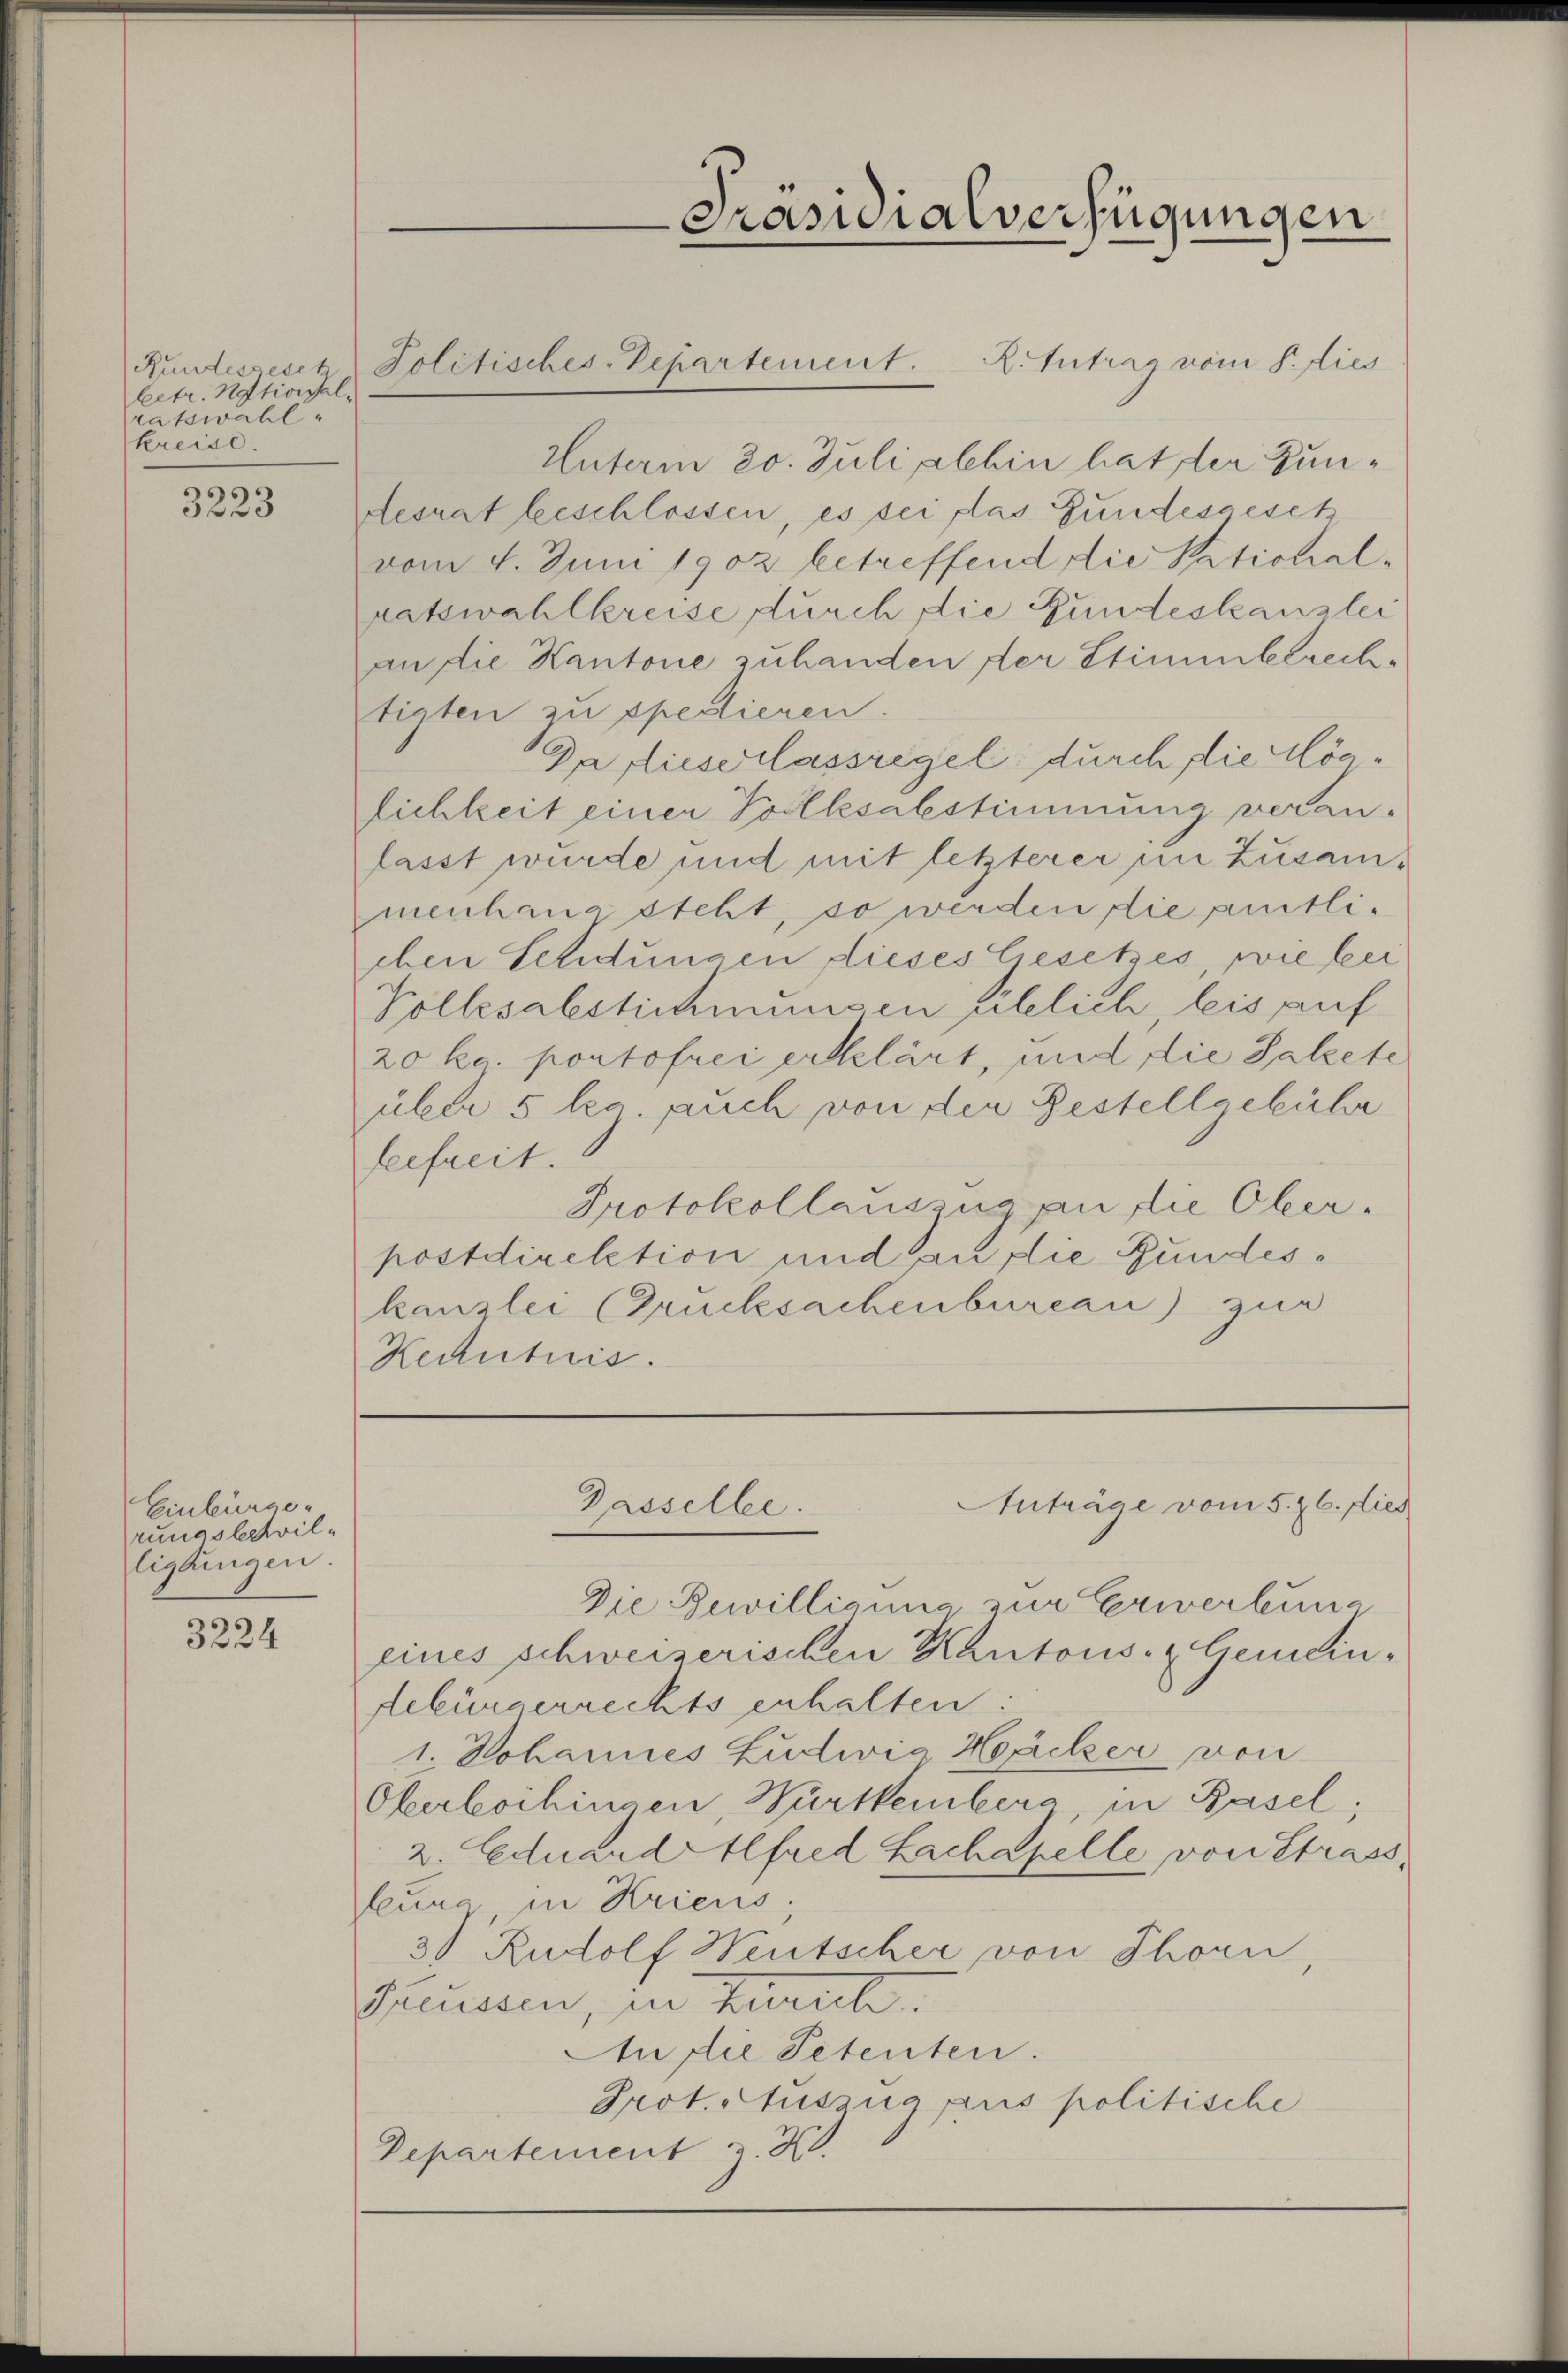
betr. National-
ratswahl
kreise.

3223

Einbürger
rungslehvilligungen.

3224

Kundesgesch Politisches-Departement. B. Antrag vom Pfies

Unterm 20. Juli alhin hat der Zundesrat beschlossen, es sei das Gundesgesetz
vom 4. Juni 1902 betreffend die Stationalratswahlkreise durch die Gundeskanzlei
an die Kantone zuhanden der Stimmberech-
tigten zu spedieren.
Da flieserlassregel durch die Möglichkeit einer Vollesabstimmung veranlasst wurde und mit letzterer in Zusammenhang steht, so werden die puitliehen Schnungen dieses Gesetzes, wie kei
Kollesabstichmungen üblich leis auf
20 kr. portofrei erklärt, und die Salzete
über 5 ka. auch von der Bestellgebühr
feefreit.
Protokollauszug an die Oberpostdirektion und an die Gundeskanzlei (Drucksachenbureau) zur
Kenntnis

Präsidialverfügungen

Anträge vom 5. & 6. dies
Dasselbe.

Die Bewilligung zur Erwerbung
eines schweizerischen Kantons- & Gemein-
debürgerrechts erhalten.
1. Johannes Ludwig Häcker von
Oberlochingen, Württemberg in Basel;
2. Eduard Alfred Lachapelle von Strass
feura, in Kriens;
3) Rudolf Weutscher von Thorn,
Grüssen, in Zürich
An die Petenten.
Prot. Auszug puis politische
Departement z. K.